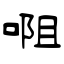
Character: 唨